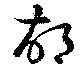
胡